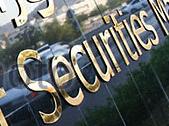
securities